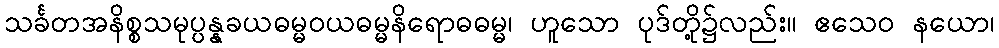
သင်္ခတအနိစ္စသမုပ္ပန္နခယဓမ္မဝယဓမ္မနိရောဓဓမ္မ၊ ဟူသော ပုဒ်တို့၌လည်း။ ဧသေဝ နယော၊